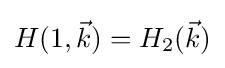
H(1,{\vec {k}})=H_{2}({\vec {k}})